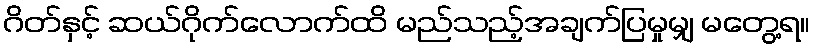
ဂိတ်နှင့် ဆယ်ဂိုက်လောက်ထိ မည်သည့်အချက်ပြမှုမျှ မတွေ့ရ။